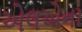
એલએના